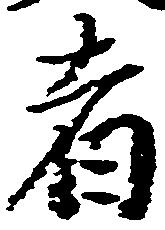
者